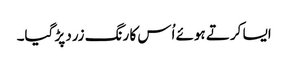
ایسا کرتے ہوئے اُس کا رنگ زرد پڑ گیا۔